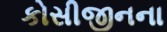
કોસીજીનના